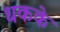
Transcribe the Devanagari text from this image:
धकके